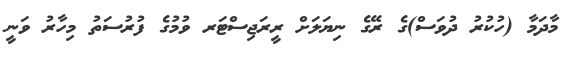
މާދަމާ (ހުކުރު ދުވަސް)ގެ ރޭގެ ނިޔަލަށް ރީރަޖިސްޓަރ ވުމުގެ ފުރުސަތު މިހާރު ވަނީ